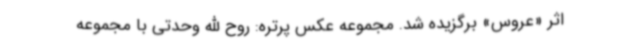
اثر «عروس» برگزیده شد. مجموعه عکس پرتره: روح الله وحدتی با مجموعه